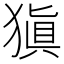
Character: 𤠶